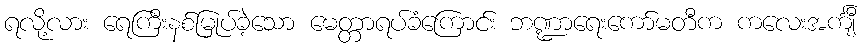
ရလို့လား ရေကြီးနစ်မြုပ်ခဲ့သော မေတ္တာရပ်ခံကြောင်း ဘဏ္ဍာရေးကော်မတီက ကလေးအင်္ကျီ